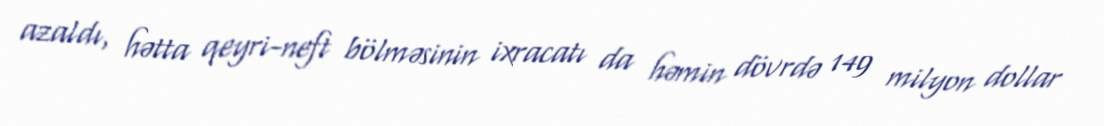
azaldı, hətta qeyri-neft bölməsinin ixracatı da həmin dövrdə 149 milyon dollar